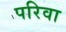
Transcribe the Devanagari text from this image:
परिवा